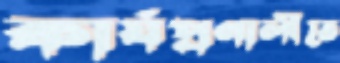
কার্যপ্রণালীতে